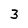
Character: 3